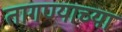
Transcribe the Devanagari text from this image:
तागण्याच्या